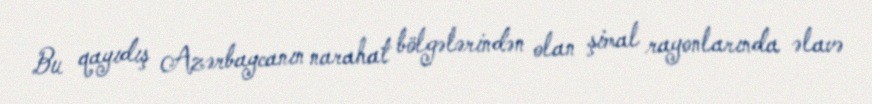
Bu qayıdış Azərbaycanın narahat bölgələrindən olan şimal rayonlarında əlavə